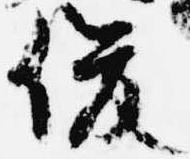
俊